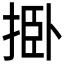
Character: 𰓺